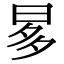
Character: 𣆚